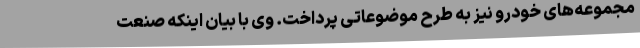
مجموعه‌های خودرو نیز به طرح موضوعاتی پرداخت. وی با بیان اینکه صنعت